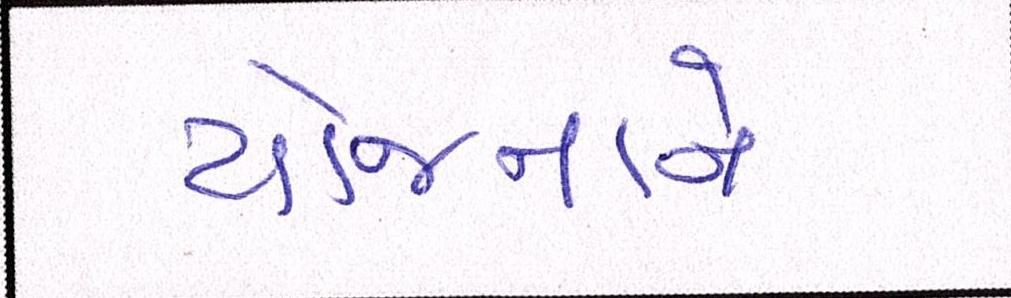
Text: યોજનાને